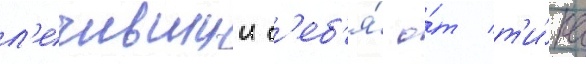
л'ечившии с'еб'я́ о́т т'и́ка